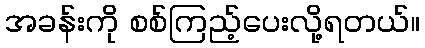
အခန်းကို စစ်ကြည့်ပေးလို့ရတယ်။